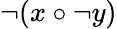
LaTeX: \lnot(x\circ\lnot y)